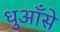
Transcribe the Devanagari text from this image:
धुआँसे